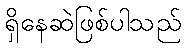
ရှိနေဆဲဖြစ်ပါသည်